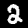
Digit: 2